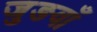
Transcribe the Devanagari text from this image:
जुङवाँ